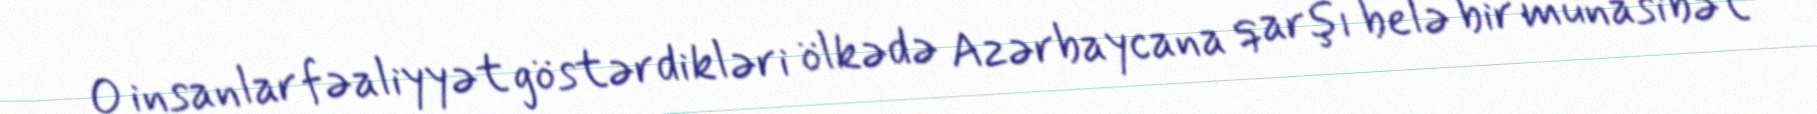
O insanlar fəaliyyət göstərdikləri ölkədə Azərbaycana qarşı belə bir münasibət